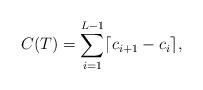
LaTeX: \begin{align*}C(T) = \sum_{i=1}^{L-1} \lceil c_{i+1} - c_i \rceil,\end{align*}